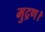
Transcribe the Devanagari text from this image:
मुद्रण।